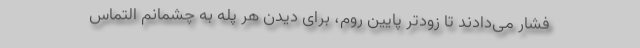
فشار می‌دادند تا زودتر پایین روم، برای دیدن هر پله به چشمانم التماس